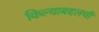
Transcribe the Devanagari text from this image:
किल्याबद्दलची